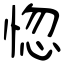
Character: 惚